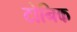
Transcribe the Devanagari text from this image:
टोनिक